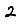
Digit: 2